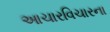
આચારવિચારના